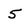
Character: 5